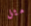
مثل